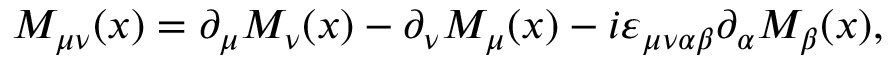
M _ { \mu \nu } ( x ) = \partial _ { \mu } M _ { \nu } ( x ) - \partial _ { \nu } M _ { \mu } ( x ) - i \varepsilon _ { \mu \nu \alpha \beta } \partial _ { \alpha } M _ { \beta } ( x ) ,